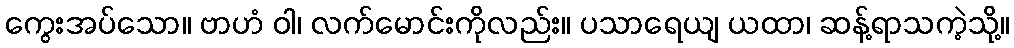
ကွေးအပ်သော။ ဗာဟံ ဝါ၊ လက်မောင်းကိုလည်း။ ပသာရေယျ ယထာ၊ ဆန့်ရာသကဲ့သို့။